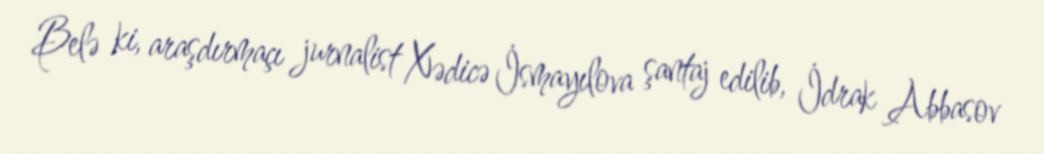
Belə ki, araşdırmaçı jurnalist Xədicə İsmayılova şantaj edilib, İdrak Abbasov